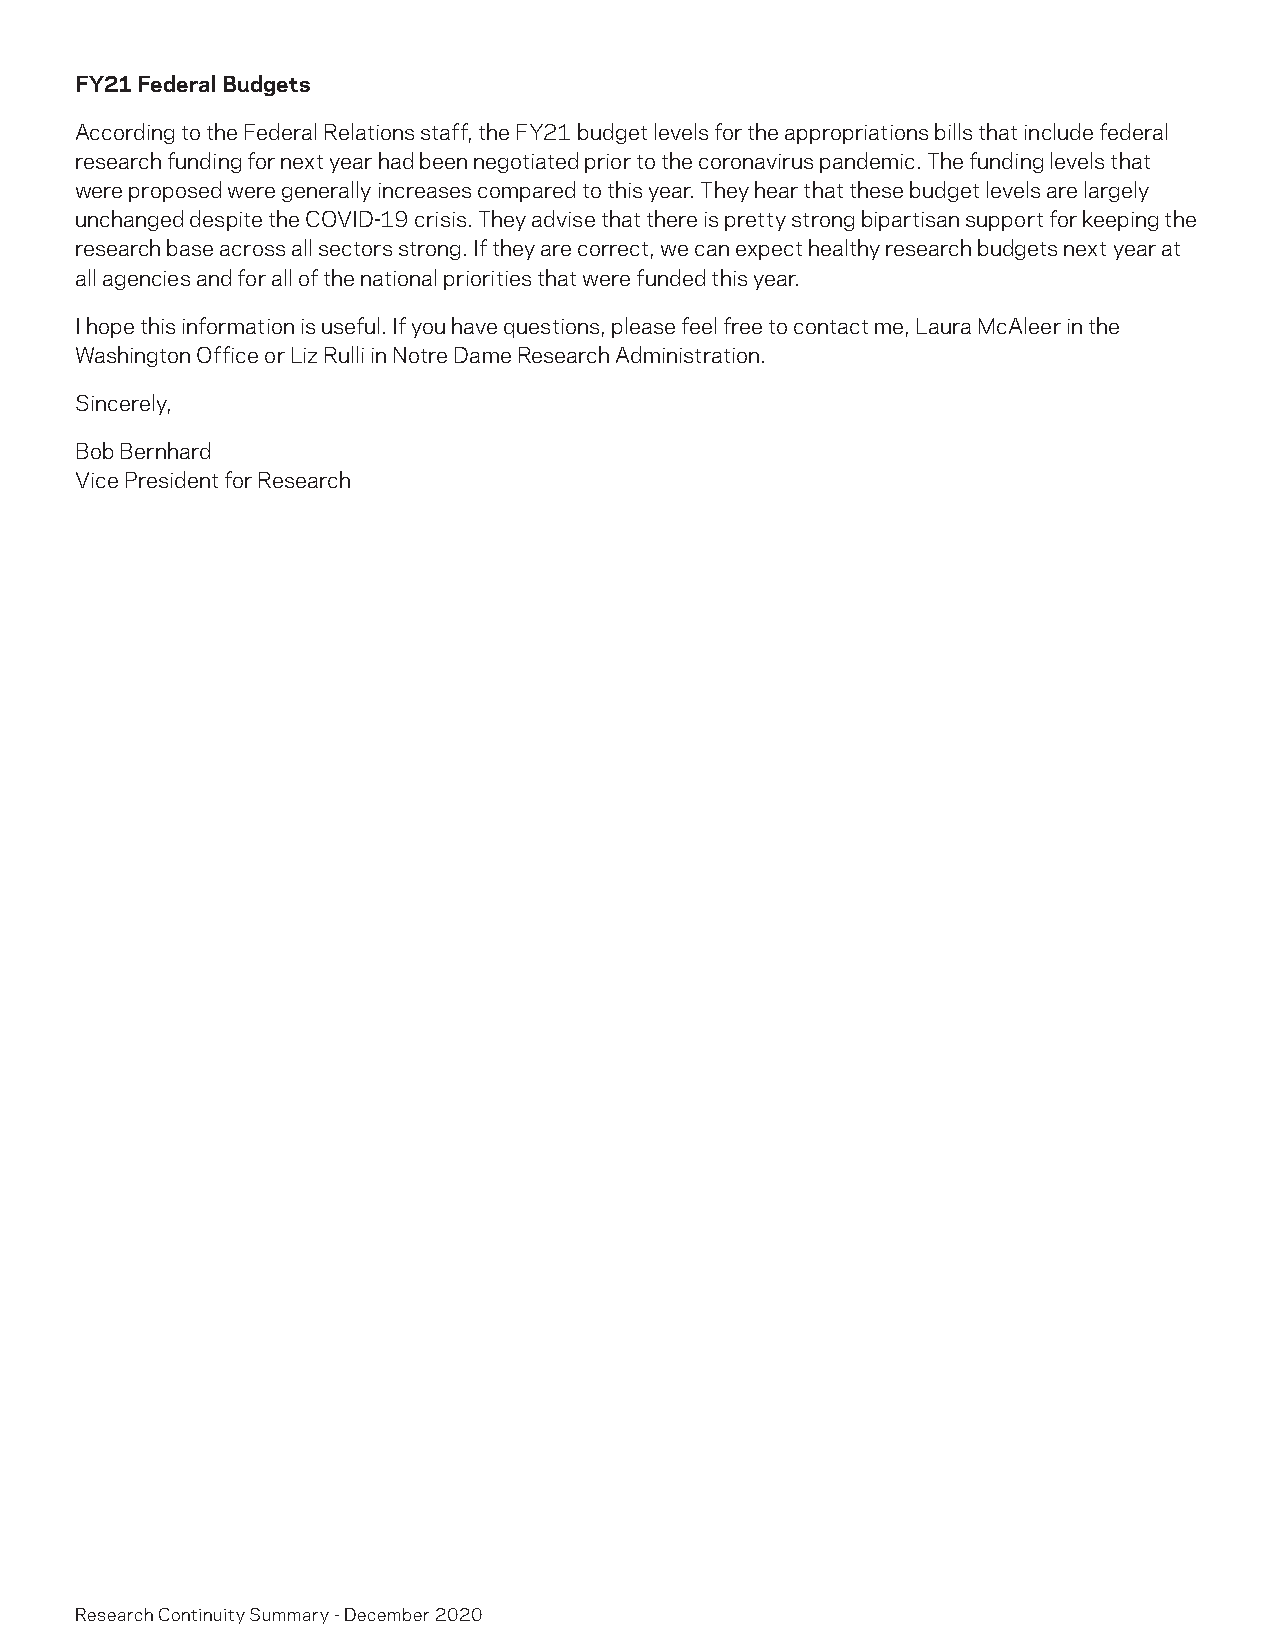
FY21 Federal Budgets
 According to the Federal Relations staff, the FY21 budget levels for the appropriations bills that include federal
 research funding for next year had been negotiated prior to the coronavirus pandemic. The funding levels that
 were proposed were generally increases compared to this year. They hear that these budget levels are largely
 unchanged despite the COVID-19 crisis. They advise that there is pretty strong bipartisan support for keeping the
 research base across all sectors strong. If they are correct, we can expect healthy research budgets next year at
 all agencies and for all of the national priorities that were funded this year.
 I hope this information is useful. If you have questions, please feel free to contact me, Laura McAleer in the
 Washington Office or Liz Rulli in Notre Dame Research Administration.
 Sincerely,
 Bob Bernhard
 Vice President for Research
 Research Continuity Summary - December 2020